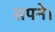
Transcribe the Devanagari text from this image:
सपने।